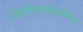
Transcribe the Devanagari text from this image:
डिमिनरलाइज़ेशन